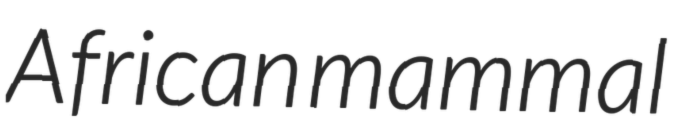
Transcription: African mammal